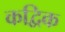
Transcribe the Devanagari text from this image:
कद्विक